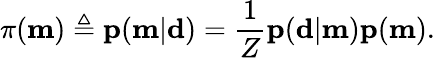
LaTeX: \pi(\mathbf{m})\triangleq\mathbf{p}(\mathbf{m}|\mathbf{d})=\frac{1}{Z}\mathbf{p}(\mathbf{d}|\mathbf{m})\mathbf{p}(\mathbf{m}).